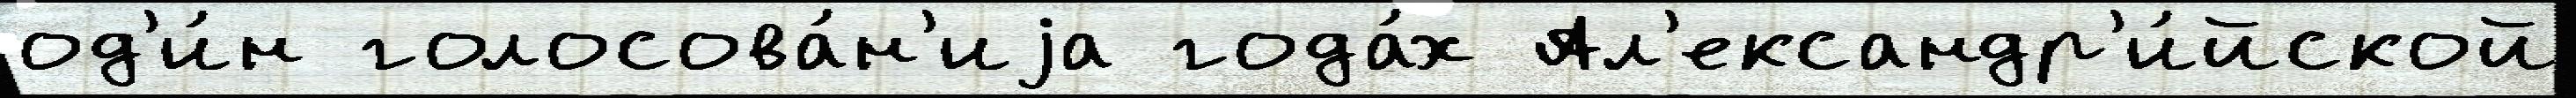
од'и́н голосова́н'иjа года́х Ал'ександр'и́йской